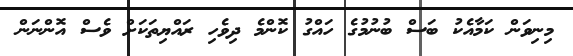
މިނިވަން ކަމާއެކު ބަސް ބުނުމުގެ ހައްގު ކޮންމެ ދިވެހި ރައްޔިތަކަށް ވެސް އޮންނަން